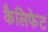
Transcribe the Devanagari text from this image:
कैलिफेट